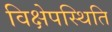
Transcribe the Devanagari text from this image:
विक्षेपस्थिति